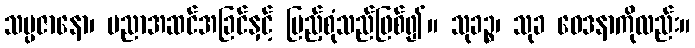
သမ္ပဇာနော၊ ပညာအဆင်အခြင်နှင့် ပြည့်စုံသည်ဖြစ်၍။ သုခဉ္စ၊ သုခ ဝေဒနာကိုလည်း။